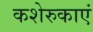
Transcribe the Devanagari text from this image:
कशेरुकाएं